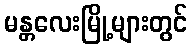
မန္တလေးမြို့များတွင်